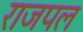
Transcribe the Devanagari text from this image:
राजपल